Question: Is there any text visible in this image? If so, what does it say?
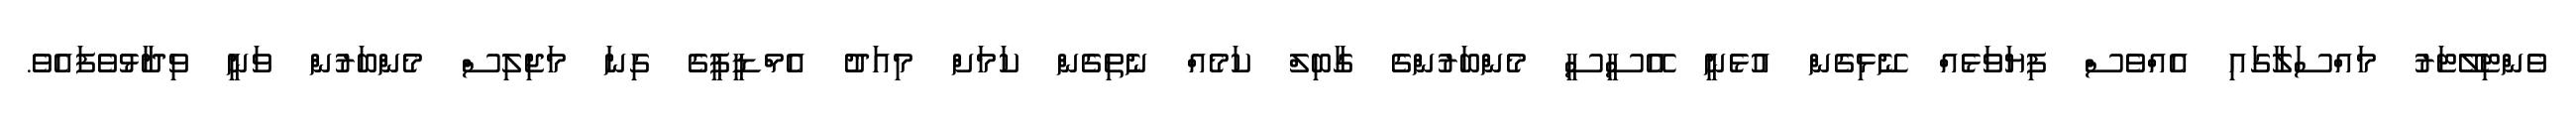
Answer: ވެންޓިލޭޓަރު މައްސަލާގައި އެއްވެސް ފިޔަވަޅެއް ނޭޅިގެން އުޅެނީ އޭސީސީ މެންބަރުންގެ ގާބިލް ކަމެއް ނެތިގެން ކަމަށް މިއަދު އެމްޑީޕީގެ ގިނަ މަޖިލިސް މެންބަރުން ވަނީ ވިދާޅުވެފައެވެ.